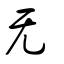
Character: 无